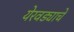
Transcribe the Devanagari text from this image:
येरवड्याचे